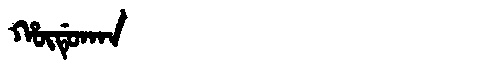
Manchu: ᡥᡡᡩᡠᡴᠠᠨ
Romanization: HŪDUKAN